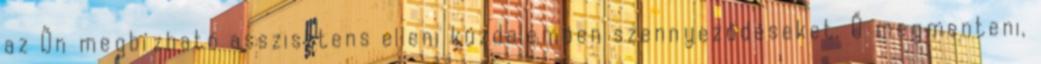
az Ön megbízható asszisztens elleni küzdelemben szennyeződéseket. Ő megmenteni,